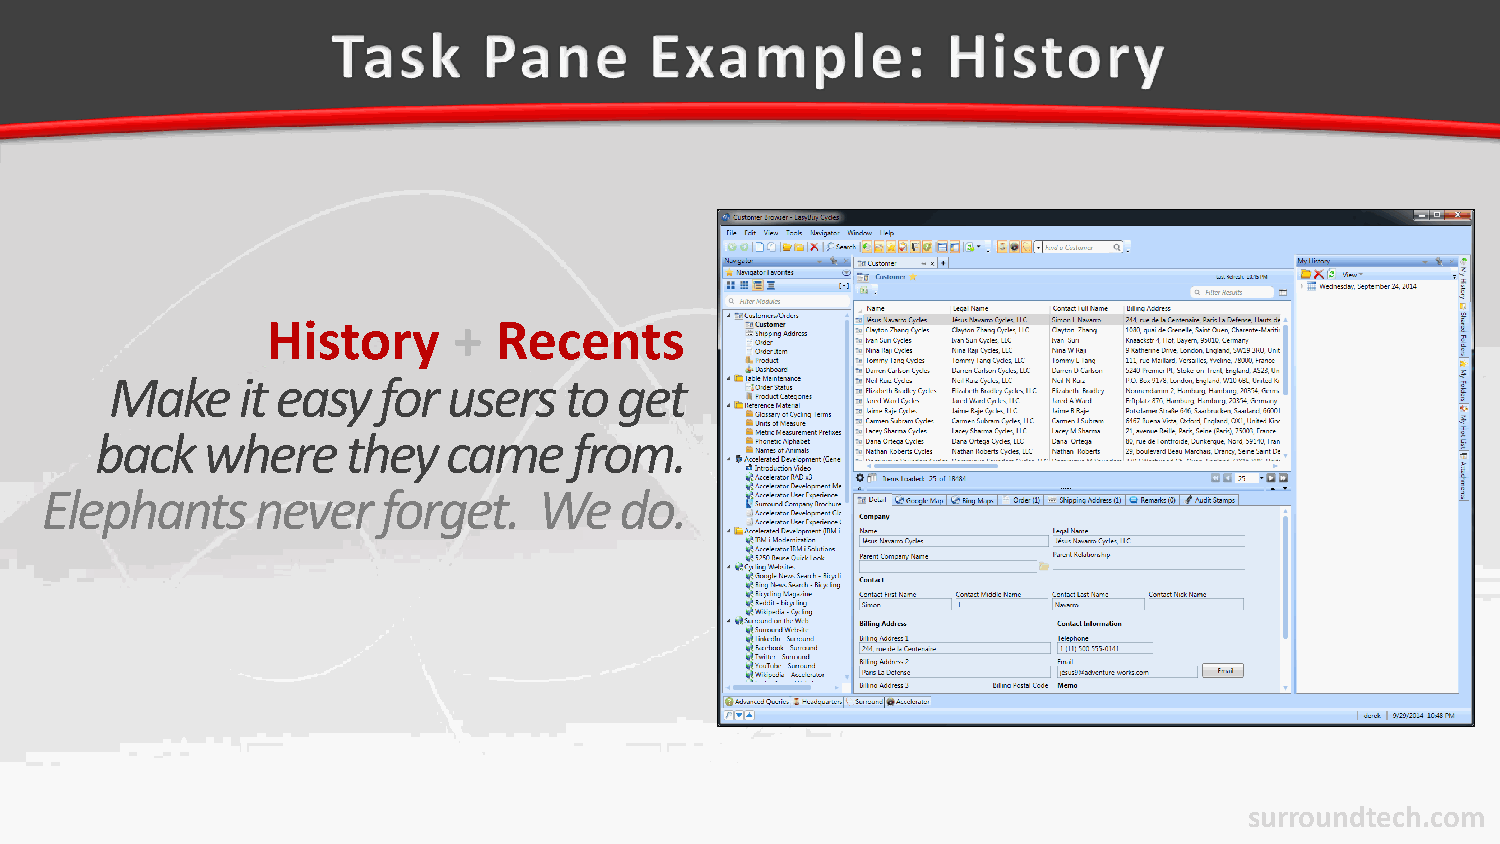
History     +  Recents
 Make     it easy  for  users  to  get
 back   where     they   came    from.
 Elephants     never   forget.    We   do.
 surroundtech.com